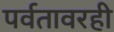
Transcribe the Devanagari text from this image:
पर्वतावरही